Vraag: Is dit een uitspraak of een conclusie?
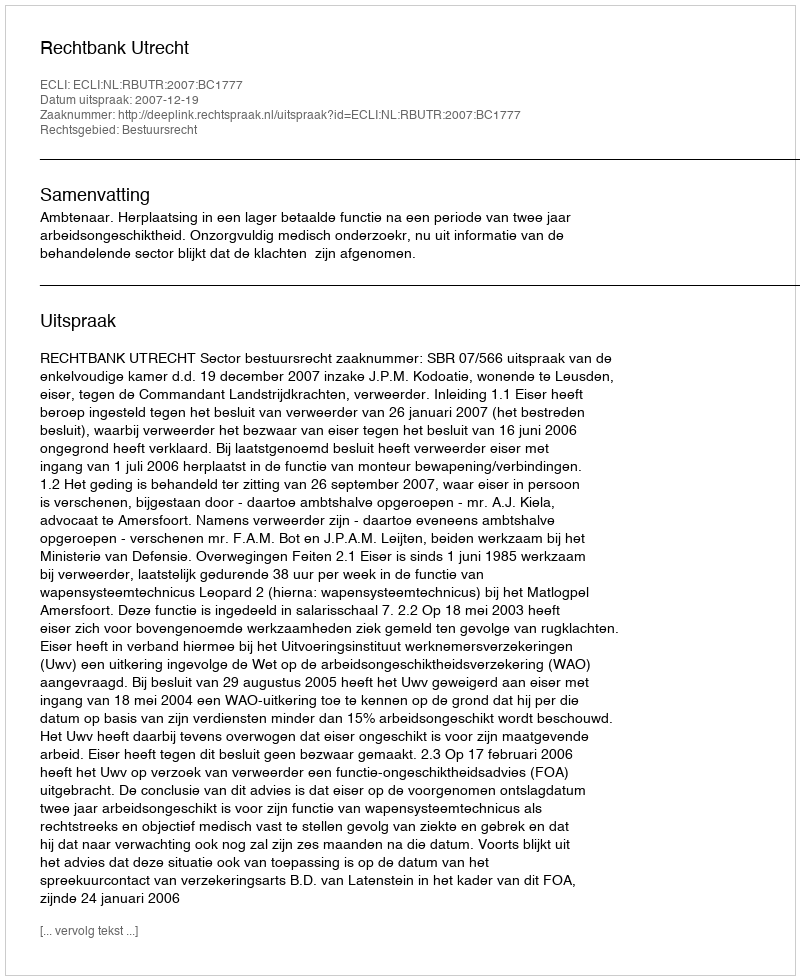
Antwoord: Uitspraak